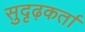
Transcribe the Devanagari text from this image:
सुदृढ़कर्ता